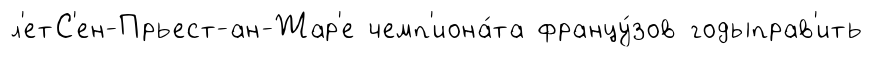
л'етС'ен-Прьест-ан-Жар'е чемп'иона́та францу́зов годыправ'ить